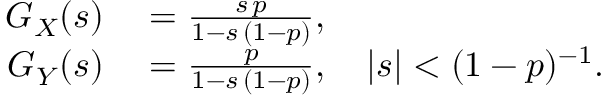
\begin{array} { r l } { G _ { X } ( s ) } & { { } = { \frac { s \, p } { 1 - s \, ( 1 - p ) } } , } \\ { G _ { Y } ( s ) } & { { } = { \frac { p } { 1 - s \, ( 1 - p ) } } , \quad | s | < ( 1 - p ) ^ { - 1 } . } \end{array}